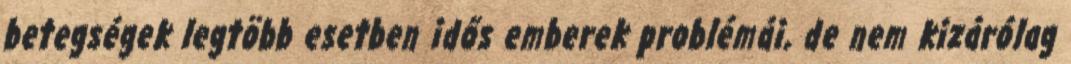
betegségek legtöbb esetben idős emberek problémái, de nem kizárólag